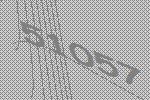
51057